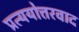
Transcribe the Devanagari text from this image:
प्रत्ययोत्तरवाद